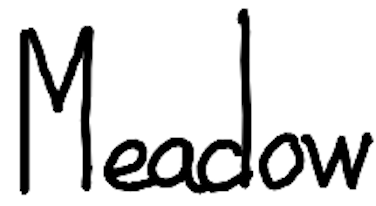
Text: Meadow
Cross-out: clean
Writing tool: digital_black